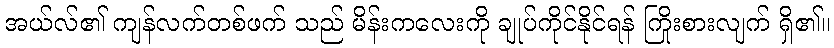
အယ်လ်၏ ကျန်လက်တစ်ဖက် သည် မိန်းကလေးကို ချုပ်ကိုင်နိုင်ရန် ကြိုးစားလျက် ရှိ၏။